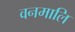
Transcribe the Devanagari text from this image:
वनमालि